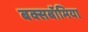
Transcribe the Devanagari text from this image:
बक्सबॉमिया